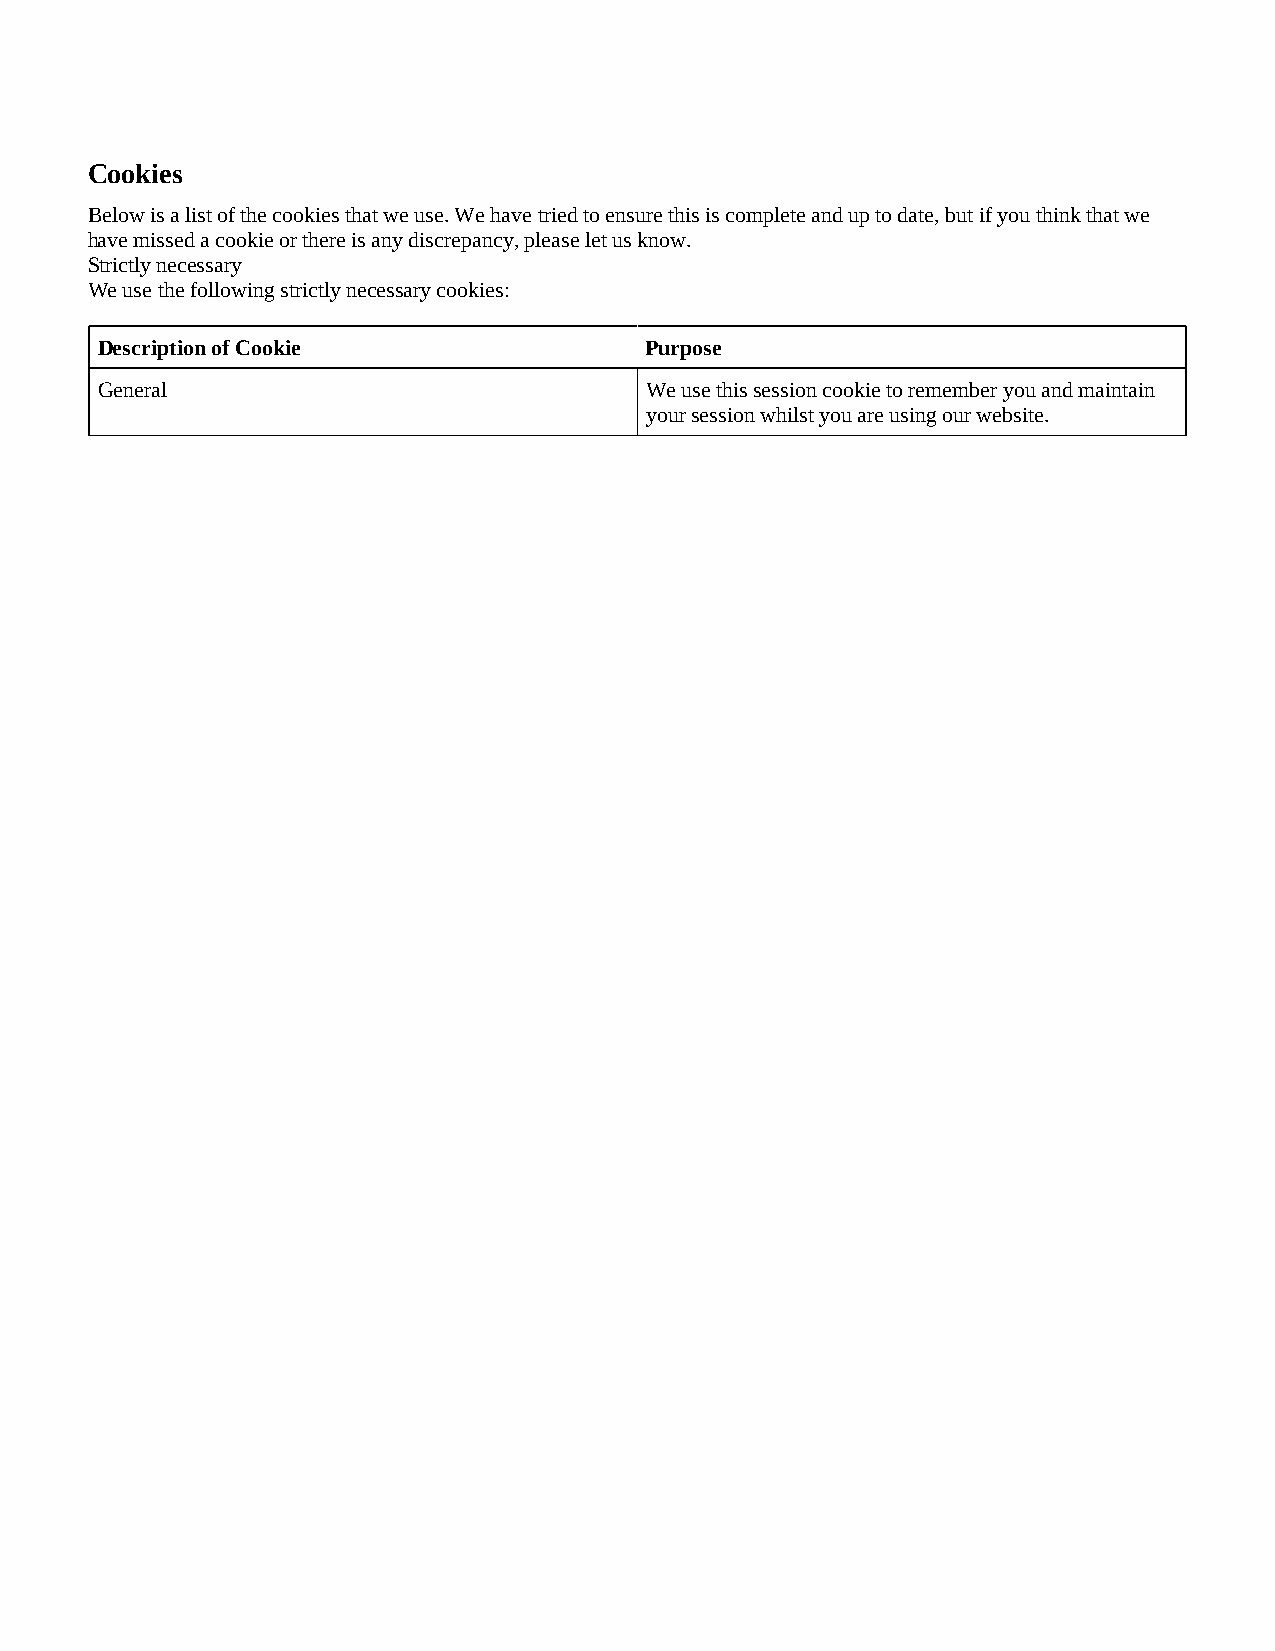
Cookies
 Below is a list of the cookies that we use. We have tried to ensure this is complete and up to date, but if you think that we
 have missed a cookie or there is any discrepancy, please let us know.
 Strictly necessary
 We use the following strictly necessary cookies:
 Description of Cookie                Purpose
 General                              We use this session cookie to remember you and maintain
 your session whilst you are using our website.